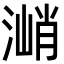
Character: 㴥